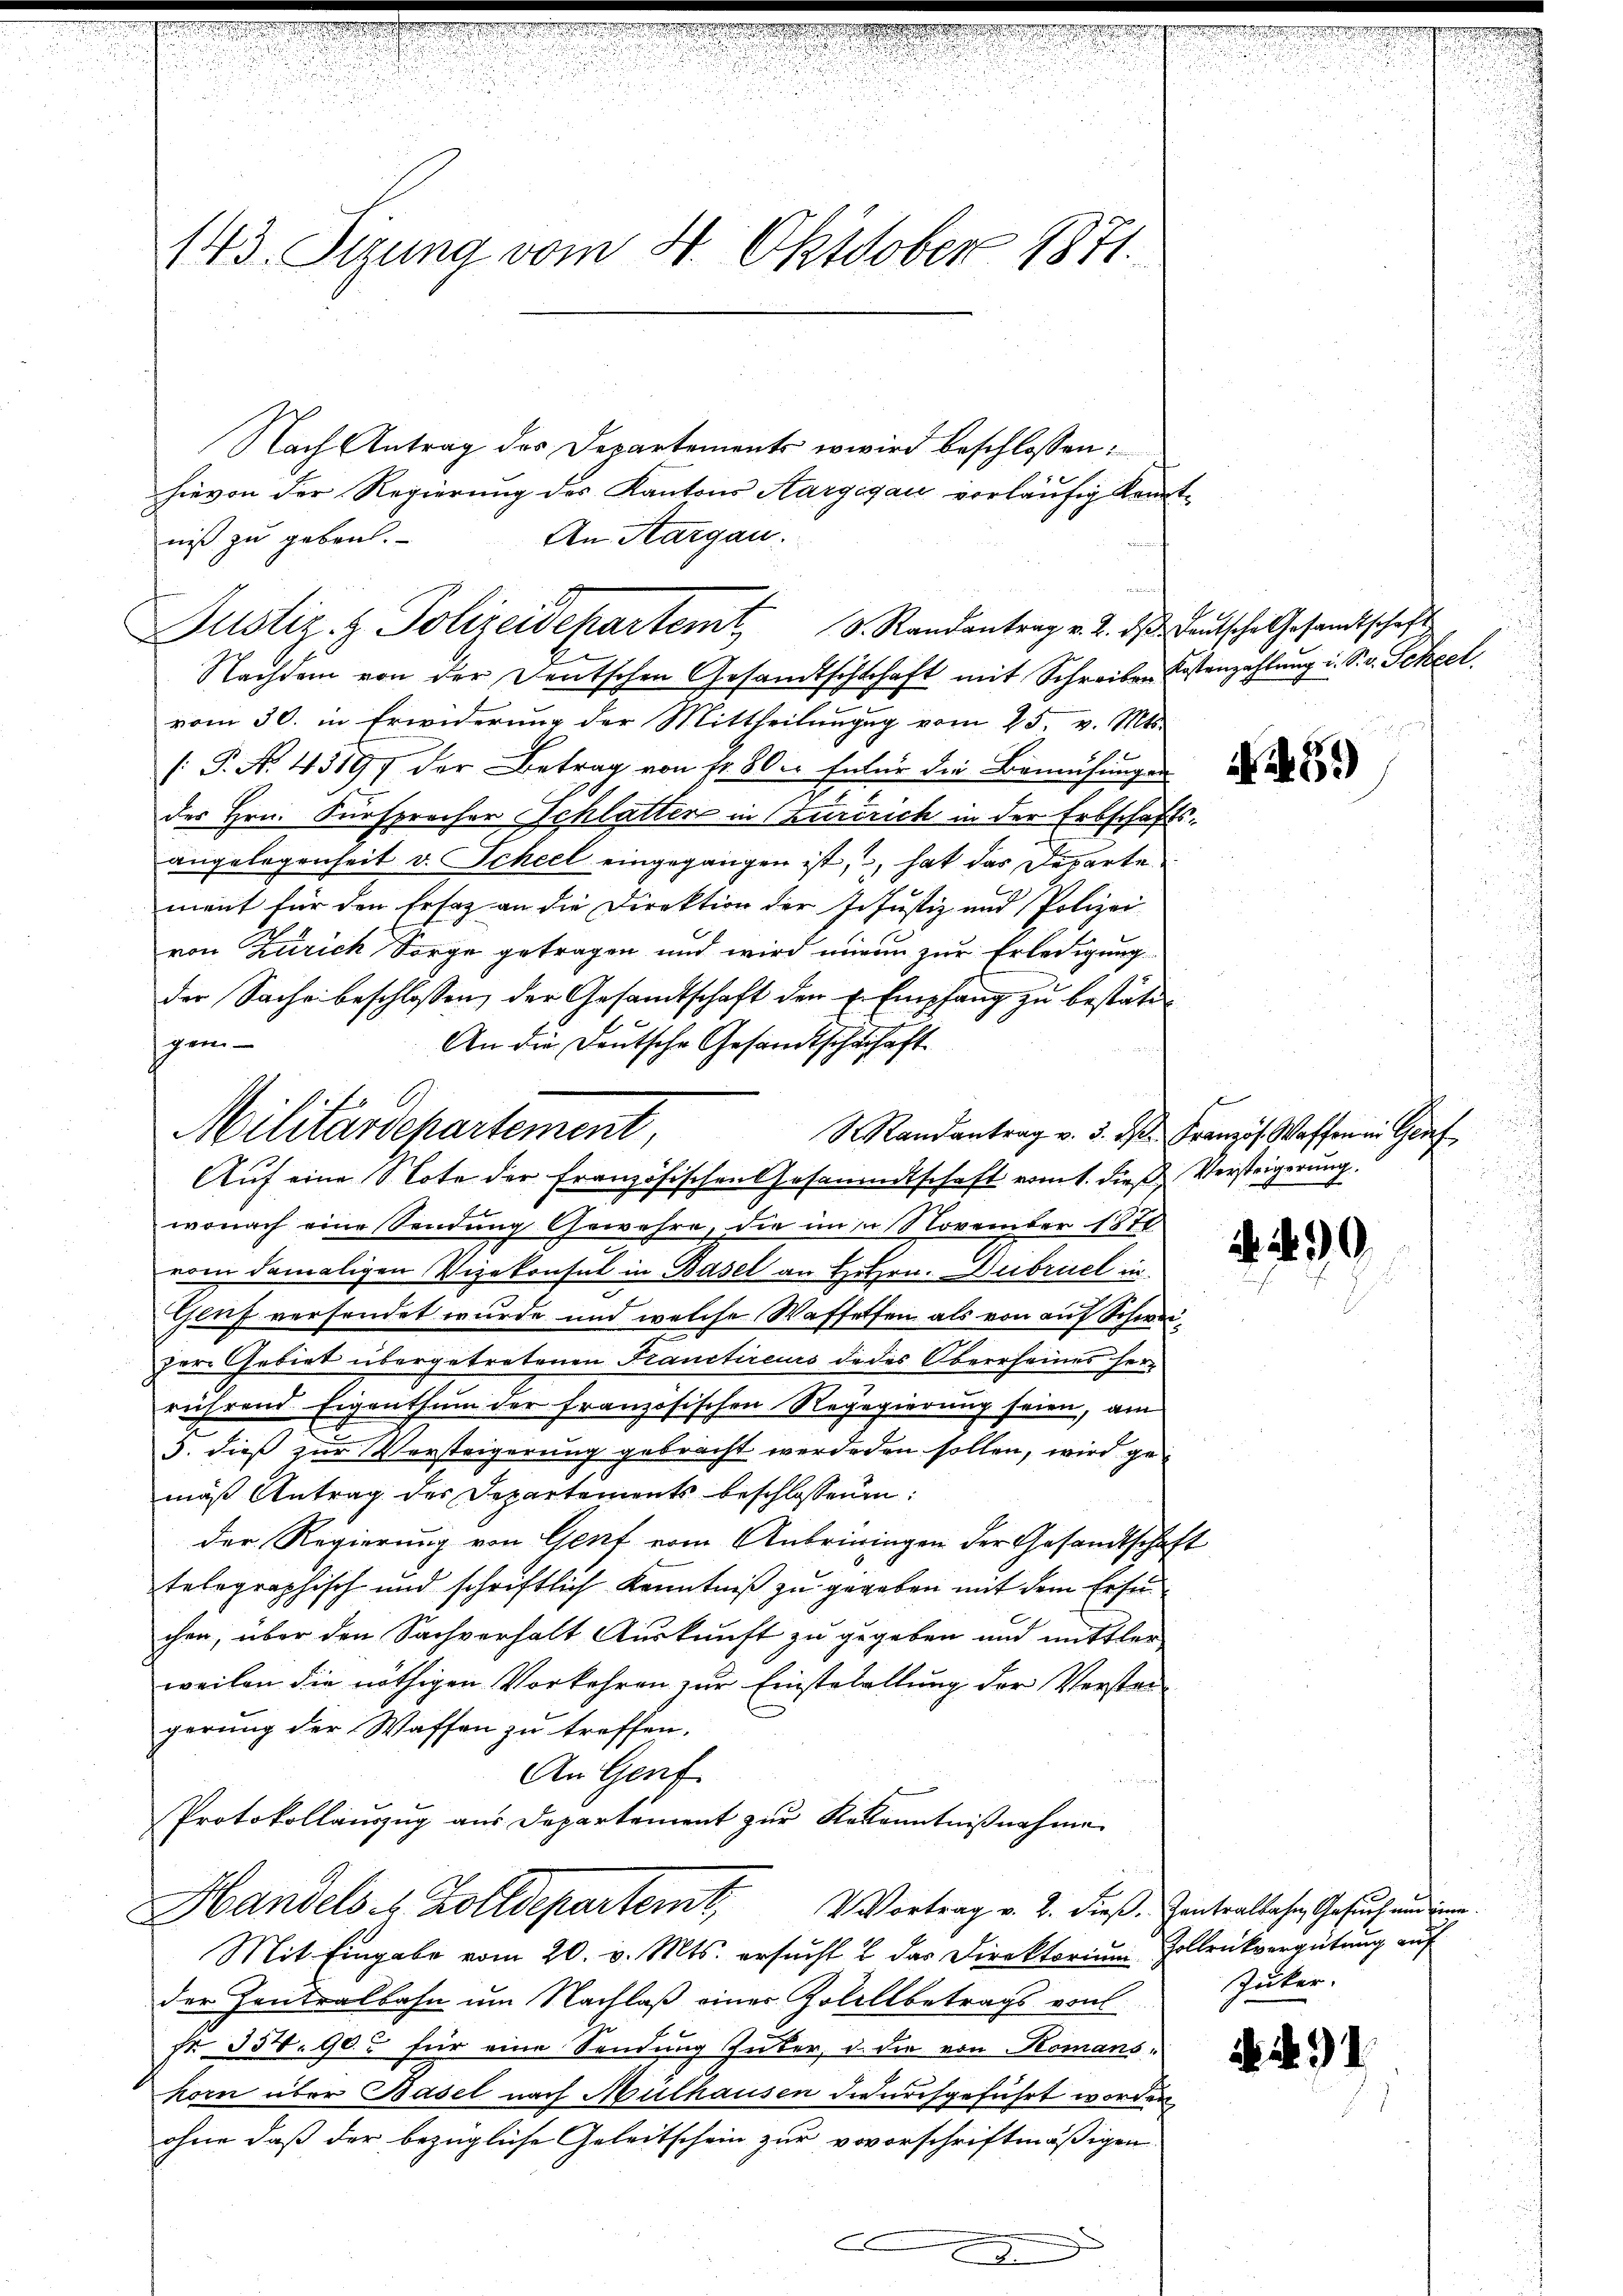
143. Sizung vom 4. Oktober 1871.

Nach Antrag des Departements w wird beschlossen:
hievon der Regierung des Kantons Aargegau vorläufig Kennt¬
An Aargau.
niß zu geben.
Nachdem von der Deutschen Gesandtschschaft mit Schreiben Kostenzahlung i. S. v. Scheel
vom 30. in Erwiderung der Mittheilungg vom 25. v. Mts.
/J. A. 43197 der Betrag von Fr. 80. Enter die Bemühungen
der Hrn. Fürsprecher Schlatter in Zuririch in der Erbschaftsangelegenheit v. Scheel eingegangen ist, hat das Departe
ment für den Ersatz an die Direktion der J. Justiz und Polizei
von Zürich Sorge getragen und wird einen zur Erledigung
der Sache beschlossen, der Gesandtschaft den E. Empfang zu bestäten
gem-
An die Deutsche Gesandtschadhaft
S. Randantrag v. 3. ds. Französ. Waffen in Graf
Auf eine Note der französischen Gesammtschaft vom 1. dieß Versteigerung
wonach eine Sendung Gewehre, die im in November 1870
vom damaligen Vizekonsul in Basel an Hrn. Dubruch in
c
Genf versendet wurde und welche Waffelfen als von auf Schweipor. Gebiet übergetretenen Franctirens de des Oberseines herrührend Eigenthum der französischen Regegierung seien, am
3. dieß zur Versteigerung gebracht werdeden sollen, wird gemäß Antrag des Departements beschlossenen:
der Regierung von Genf vom Anbriningen der Gesandtschaft
telegraphisch und schriftlich Kenntniß zu gegeben mit dem Ersuchen, über den Sachverhalt Auskunft zu gegeben und mittler
weilen die nöthigen Vorkehren zur Einstetellung der Verstangerung der Waffen zu treffen.
An Genf
t
Protokollauszug aus Departement zur Bekenntnißnahme
Handels es Zolldepartem Vortrag v. 2. dieß. Centralsache Gesuchenden
Mit Eingabe vom 20. v. Mts. ersucht & das Direktorium Hollrückvergütung auf
der Zentralbahn um Nachlaß einer Zolellbetrags von
Nr. 354. 90. für eine Sendung Guber, d. die von Komanskorn über Basel nach Mulhausen durchgeführt worden,
ohne daß der bezügliche Geleitschein zur vovorschriftmäßigen

Justiz- & Polizeidepartemt, v. Randantrag v. 2. ds. Deutsche Gesandtschaft

f
Miliardepartement,

I

aenigen

5.)

90.

Juker.

91